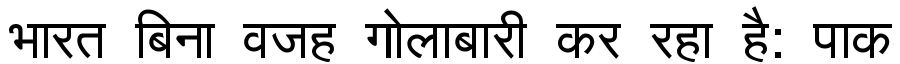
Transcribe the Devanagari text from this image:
भारत बिना वजह गोलाबारी कर रहा है: पाक